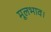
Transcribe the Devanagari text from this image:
मूलभाव।